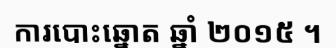
ការបោះឆ្នោត ឆ្នាំ ២០១៥ ។